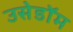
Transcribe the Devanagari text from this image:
उसेडॉम